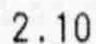
2.10